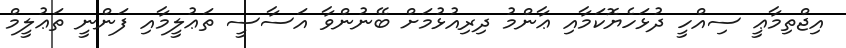
އިޖްތިމާޢީ ސިއްހީ ދުޅަހެޔޮކަމާއި ޢާންމު ދިރިއުޅުމަށް ބޭނުންވާ އަސާސީ ތަޢުލީމާއި ފަންނީ ތަޢުލީމް